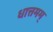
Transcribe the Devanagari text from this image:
धात्तमम्‌